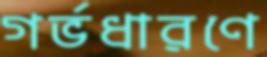
গর্ভধারণে